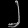
Digit: ၂